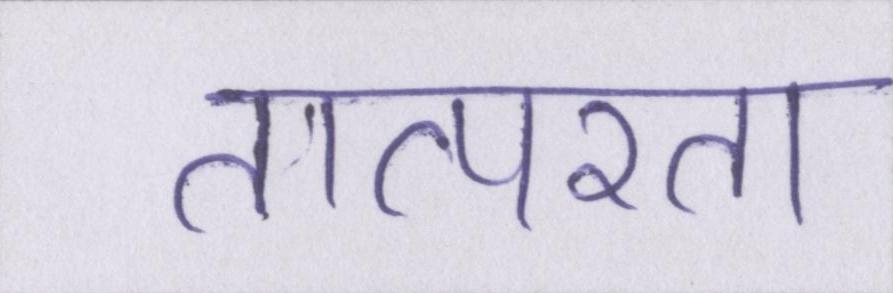
तात्परता